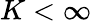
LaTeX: K<\infty